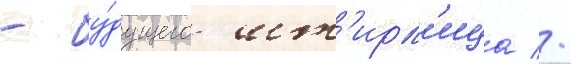
- бу́дущего шт'ирл'ица //